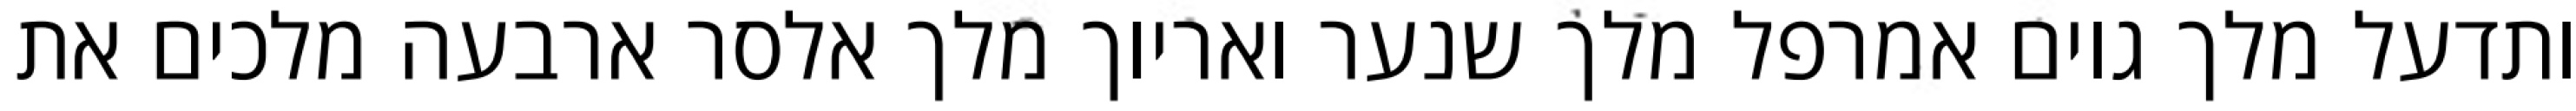
ותדעל מלך גוים אמרפל מלך שנער ואריוך מלך אלסר ארבעה מלכים את